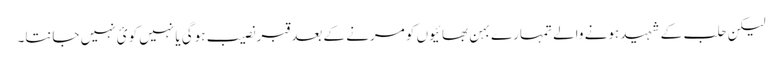
لیکن حلب کے شہید ہونے والے تمہارے بہن بھائیوں کو مرنے کے بعد قبر نصیب ہوگی یا نہیں کوئ نہیں جانتا۔